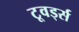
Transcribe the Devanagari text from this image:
टूवर्ड्स